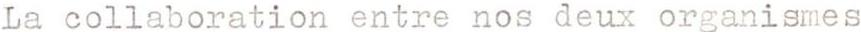
La collaboration entre nos deux organismes